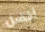
أفضل